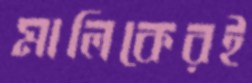
মালিকেরই